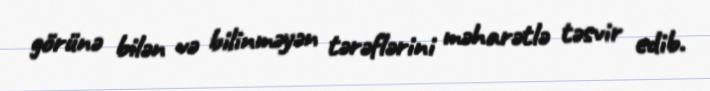
görünə bilən və bilinməyən tərəflərini məharətlə təsvir edib.